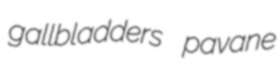
gallbladders pavane